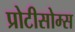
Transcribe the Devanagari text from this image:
प्रोटीसोम्स